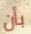
بأن